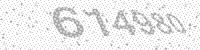
Solution: 614980